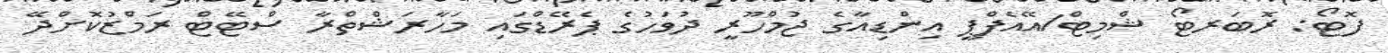
ފޮޓޯ: ރޮބަރޓޯ ޝްމިޓް/އޭއެފްޕީ އިންޑިއާގެ ޖުމްހޫރީ ދުވަހުގެ ޕެރޭޑްގައި މަހާރަޝްތްރާ ސްޓޭޓް ރަމްޒުކޮށްދޭ